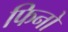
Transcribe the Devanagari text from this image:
फिनो